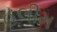
હલીમ